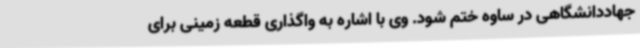
جهاددانشگاهی در ساوه ختم شود. وی با اشاره به واگذاری قطعه زمینی برای